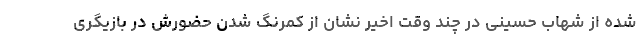
شده‌ از شهاب حسینی در چند وقت اخیر نشان از کمرنگ شدن حضورش در بازیگری